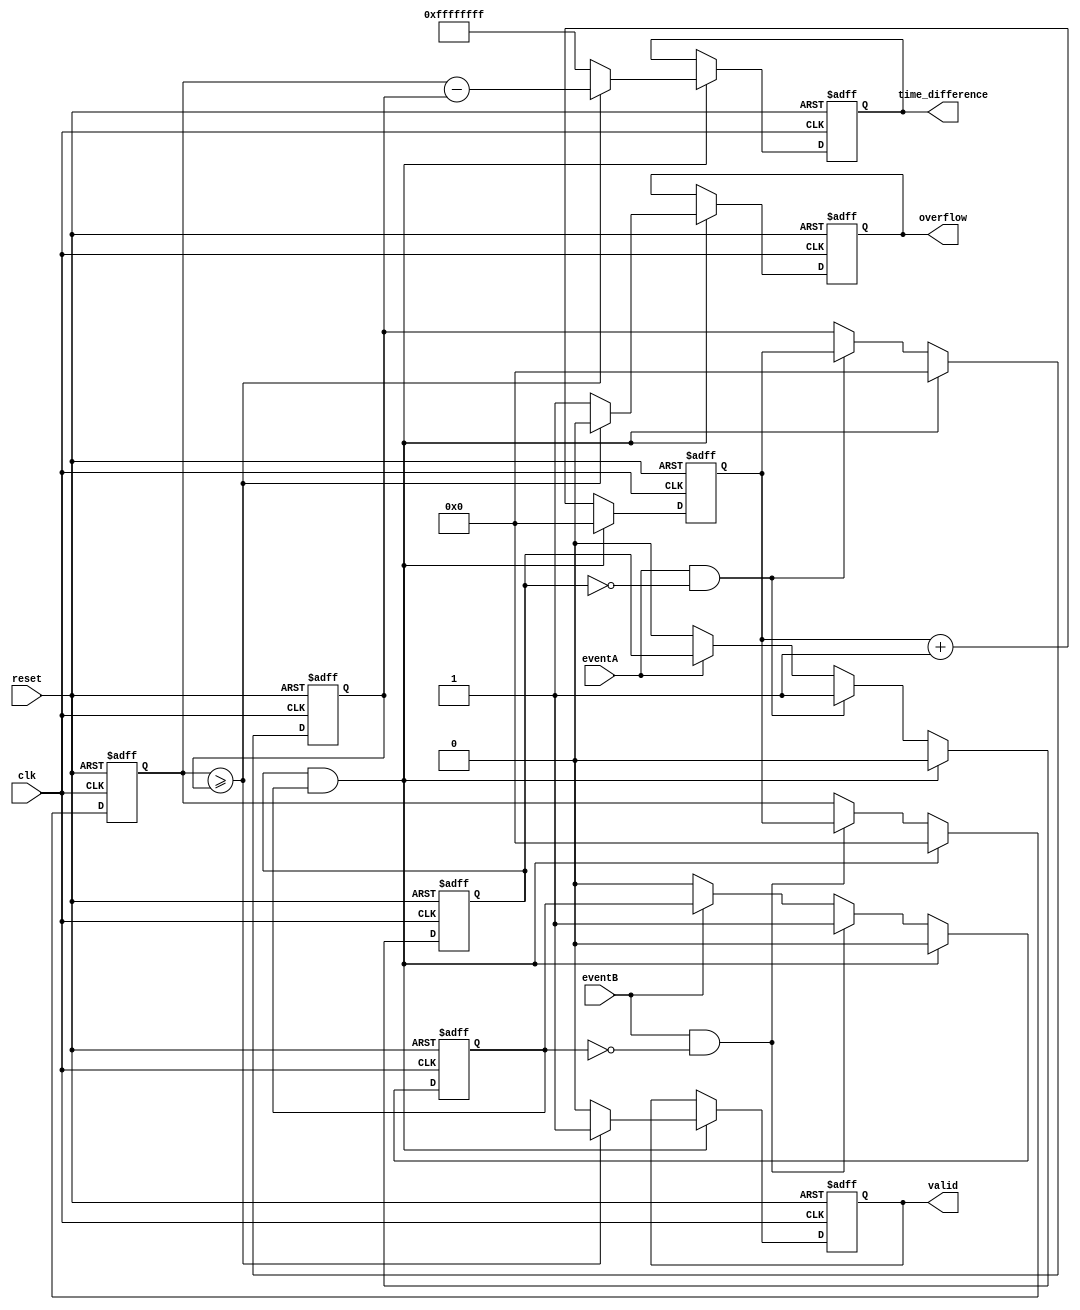
module MemoryBlocksEventTimerTDC (
    input wire clk,           // Clock signal
    input wire reset,         // Reset signal
    input wire eventA,        // First event input
    input wire eventB,        // Second event input
    output reg [31:0] time_difference, // Time difference output
    output reg valid,         // Valid measurement indicator
    output reg overflow       // Overflow indicator
);

    reg [31:0] timestampA;   // Timestamp for event A
    reg [31:0] timestampB;   // Timestamp for event B
    reg [31:0] counter;       // Clock cycle counter
    reg eventA_detected;      // Flag for event A detection
    reg eventB_detected;      // Flag for event B detection

    // Synchronous logic
    always @(posedge clk or posedge reset) begin
        if (reset) begin
            timestampA <= 0;
            timestampB <= 0;
            counter <= 0;
            time_difference <= 0;
            valid <= 0;
            overflow <= 0;
            eventA_detected <= 0;
            eventB_detected <= 0;
        end else begin
            // Increment the cycle counter
            counter <= counter + 1;

            // Detect rising edge of eventA
            if (eventA && !eventA_detected) begin
                timestampA <= counter;
                eventA_detected <= 1;
            end else if (!eventA) begin
                eventA_detected <= 0; // Reset detection for next event
            end
            
            // Detect rising edge of eventB
            if (eventB && !eventB_detected) begin
                timestampB <= counter;
                eventB_detected <= 1;
            end else if (!eventB) begin
                eventB_detected <= 0; // Reset detection for next event
            end

            // Compute time difference when both events are detected
            if (eventA_detected && eventB_detected) begin
                if (timestampB >= timestampA) begin
                    time_difference <= timestampB - timestampA;
                    valid <= 1;
                    overflow <= 0;
                end else begin
                    time_difference <= 32'hFFFFFFFF; // Indicate overflow
                    valid <= 0;
                    overflow <= 1;
                end

                // Reset timestamps after measurement
                timestampA <= 0;
                timestampB <= 0;
                eventA_detected <= 0;
                eventB_detected <= 0;
                counter <= 0; // Reset counter if needed
            end
        end
    end

endmodule